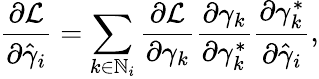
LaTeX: \frac{\partial\mathcal{L}}{\partial\hat{\gamma}_{i}}=\sum_{k\in\mathbb{N}_{i}}\frac{\partial\mathcal{L}}{\partial\gamma_{k}}\frac{\partial\gamma_{k}}{\partial{\gamma}_{k}^{*}}\frac{\partial{\gamma}_{k}^{*}}{\partial\hat{\gamma}_{i}},